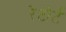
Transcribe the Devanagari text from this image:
रेटोर्ट